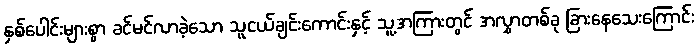
နှစ်ပေါင်းများစွာ ခင်မင်လာခဲ့သော သူငယ်ချင်းကောင်းနှင့် သူ့အကြားတွင် အလွှာတစ်ခု ခြားနေသေးကြောင်း